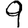
Digit: 9